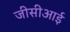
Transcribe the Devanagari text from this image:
जीसीआई